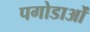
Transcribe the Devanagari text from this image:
पगोडाओं